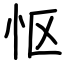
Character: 怄